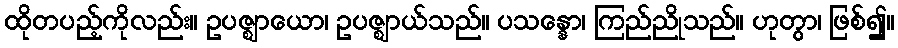
ထိုတပည့်ကိုလည်း။ ဥပဇ္ဈာယော၊ ဥပဇ္ဈာယ်သည်။ ပသန္နော၊ ကြည်ညိုသည်။ ဟုတွာ၊ ဖြစ်၍။